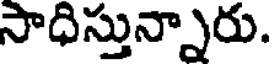
సాధిస్తున్నారు.